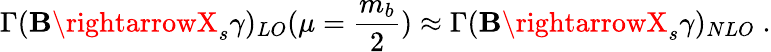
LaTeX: \Gamma(\mathbf{B}\rightarrowX_{s}\gamma)_{LO}(\mu=\frac{{m_{b}}}{{2}})\approx\Gamma(\mathbf{B}\rightarrowX_{s}\gamma)_{NLO}\; .